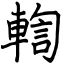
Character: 輷